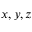
x , y , z